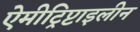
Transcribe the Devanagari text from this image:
ऐमीट्रिप्टाइलीन